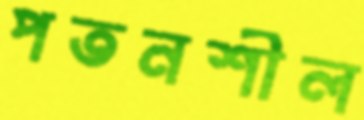
পতনশীল